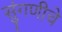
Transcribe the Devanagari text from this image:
सुंगणीचे